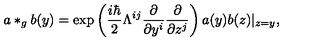
a * _ { g } b ( y ) = \exp \left( \frac { i \hbar } 2 \Lambda ^ { i j } \frac \partial { \partial y ^ { i } } \frac \partial { \partial z ^ { j } } \right) a ( y ) b ( z ) | _ { z = y } ,